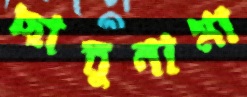
ছাতুনামা